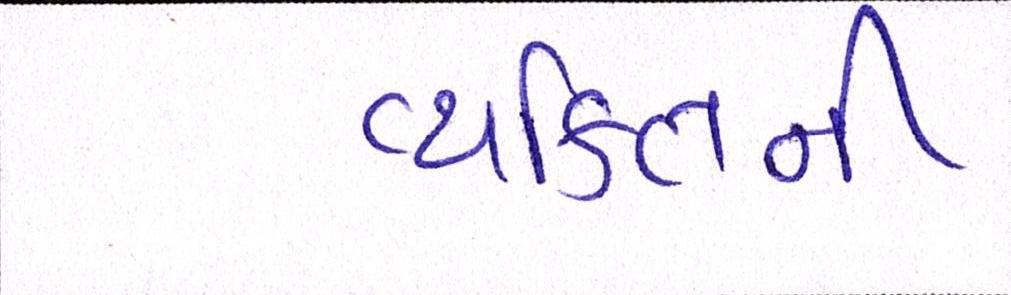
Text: વ્યકિતની